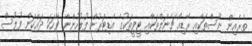
ތެރެއިން ނޫސްތަކާއި ރޭޑިއޯ ޗެނަލްތަކާއި ޓީވީތަކުގެ އެޑިޓަރުން ފުލުހުންނާ ވާހަކަ ދައްކަން ފުލުސް